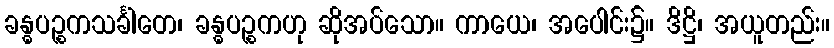
ခန္ဓပဉ္စကသင်္ခါတေ၊ ခန္ဓပဉ္စကဟု ဆိုအပ်သော။ ကာယေ၊ အပေါင်း၌။ ဒိဋ္ဌိ၊ အယူတည်း။